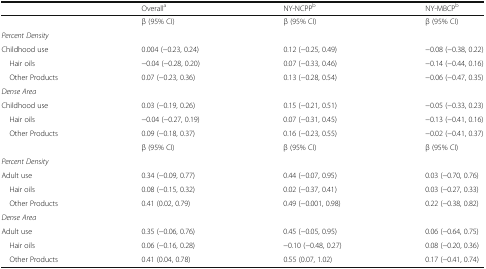
|  | Overalla | NY-NCPPb | NY-MBCPb |
 | --- | --- | --- | --- |
 |  | β (95% CI) | β (95% CI) | β (95% CI) |
 | <COLSPAN=4> Percent Density |
 | Childhood use | 0.004 (−0.23, 0.24) | 0.12 (−0.25, 0.49) | −0.08 (−0.38, 0.22) |
 | Hair oils | −0.04 (−0.28, 0.20) | 0.07 (−0.33, 0.46) | −0.14 (−0.44, 0.16) |
 | Other Products | 0.07 (−0.23, 0.36) | 0.13 (−0.28, 0.54) | −0.06 (−0.47, 0.35) |
 | <COLSPAN=4> Dense Area |
 | Childhood use | 0.03 (−0.19, 0.26) | 0.15 (−0.21, 0.51) | −0.05 (−0.33, 0.23) |
 | Hair oils | −0.04 (−0.27, 0.19) | 0.07 (−0.31, 0.45) | −0.13 (−0.41, 0.16) |
 | Other Products | 0.09 (−0.18, 0.37) | 0.16 (−0.23, 0.55) | −0.02 (−0.41, 0.37) |
 |  | β (95% CI) | β (95% CI) | β (95% CI) |
 | <COLSPAN=4> Percent Density |
 | Adult use | 0.34 (−0.09, 0.77) | 0.44 (−0.07, 0.95) | 0.03 (−0.70, 0.76) |
 | Hair oils | 0.08 (−0.15, 0.32) | 0.02 (−0.37, 0.41) | 0.03 (−0.27, 0.33) |
 | Other Products | 0.41 (0.02, 0.79) | 0.49 (−0.001, 0.98) | 0.22 (−0.38, 0.82) |
 | <COLSPAN=4> Dense Area |
 | Adult use | 0.35 (−0.06, 0.76) | 0.45 (−0.05, 0.95) | 0.06 (−0.64, 0.75) |
 | Hair oils | 0.06 (−0.16, 0.28) | −0.10 (−0.48, 0.27) | 0.08 (−0.20, 0.36) |
 | Other Products | 0.41 (0.04, 0.78) | 0.55 (0.07, 1.02) | 0.17 (−0.41, 0.74) |